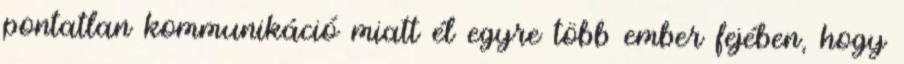
pontatlan kommunikáció miatt él egyre több ember fejében, hogy